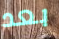
بعد